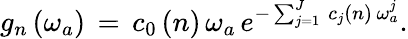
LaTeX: g_{n}\left(\omega_{a}\right)\, =\, c_{0}\left(n\right)\, \omega_{a}\, e^{-\sum_{j=1}^{J}\, c_{j}\left(n\right)\, \omega_{a}^{j}}.